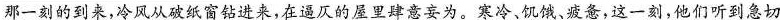
那一刻的到来，冷风从破纸窗钻进来，在逼仄的屋里肆意妄为。寒冷、饥饿、疲惫，这一刻，他们听到急切